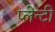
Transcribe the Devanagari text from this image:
प्लेन्टी